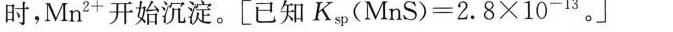
时，Mn^{2+}开始沉淀。[已知$$K s ( M n S ) = 2 . 8 × 1 0 ^ { - 1 3 }$$。]